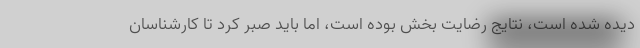
دیده شده است، نتایج رضایت بخش بوده است، اما باید صبر کرد تا کارشناسان